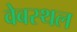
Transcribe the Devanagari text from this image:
वेबस्थल